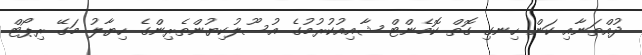
ދުއްތަނާއި ކަން ހިނގި ގޮތް ކޮމެންޓް ޝާއިއުކުރުމުގެ އުސޫލުކިޔުންތެރިންގެ ހިޔާލު މަގޭ ރިޕޯޓް